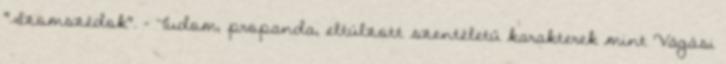
"Szomszédok". - Tudom, propanda, eltúlzott szentéletű karakterek mint Vágási